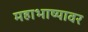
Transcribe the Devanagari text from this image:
महाभाष्यावर